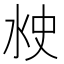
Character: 𰛘